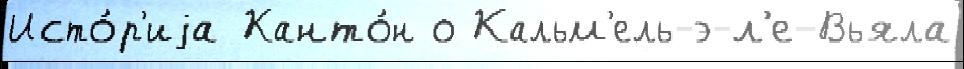
Исто́р'иjа Канто́н о Кальм'ель-э-л'е-Вьяла